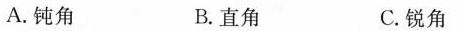
A.钝角 B.直角 C.锐角